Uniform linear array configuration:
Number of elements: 48
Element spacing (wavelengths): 0.75
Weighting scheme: binomial
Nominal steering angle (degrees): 15
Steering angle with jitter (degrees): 13.406
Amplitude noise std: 0.05
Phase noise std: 0.05

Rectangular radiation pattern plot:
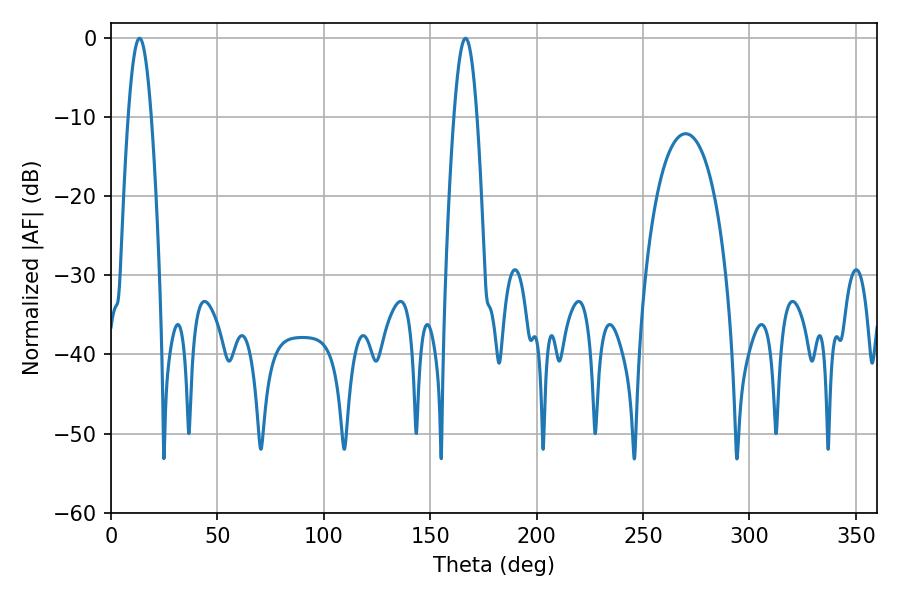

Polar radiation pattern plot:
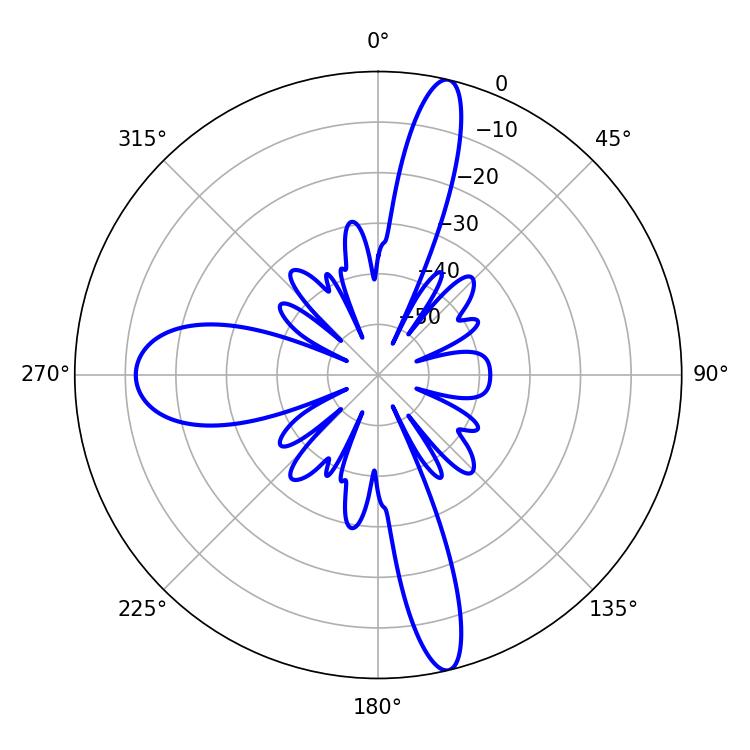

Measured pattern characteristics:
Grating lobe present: TRUE
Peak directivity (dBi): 17.889
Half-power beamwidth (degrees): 5.94
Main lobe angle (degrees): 13.32